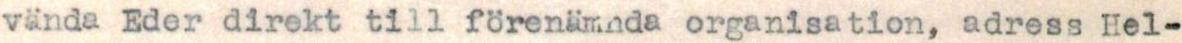
vända Eder direkt till förenämnda organisation, adress Hel-